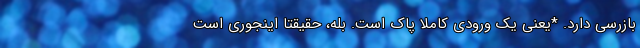
بازرسی دارد. *یعنی یک ورودی کاملا پاک است. بله، حقیقتا اینجوری است